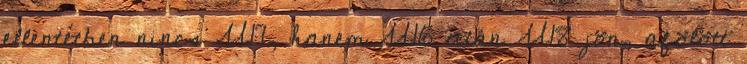
ellentétben nincs U17, hanem U16 után U18 jön, afölött